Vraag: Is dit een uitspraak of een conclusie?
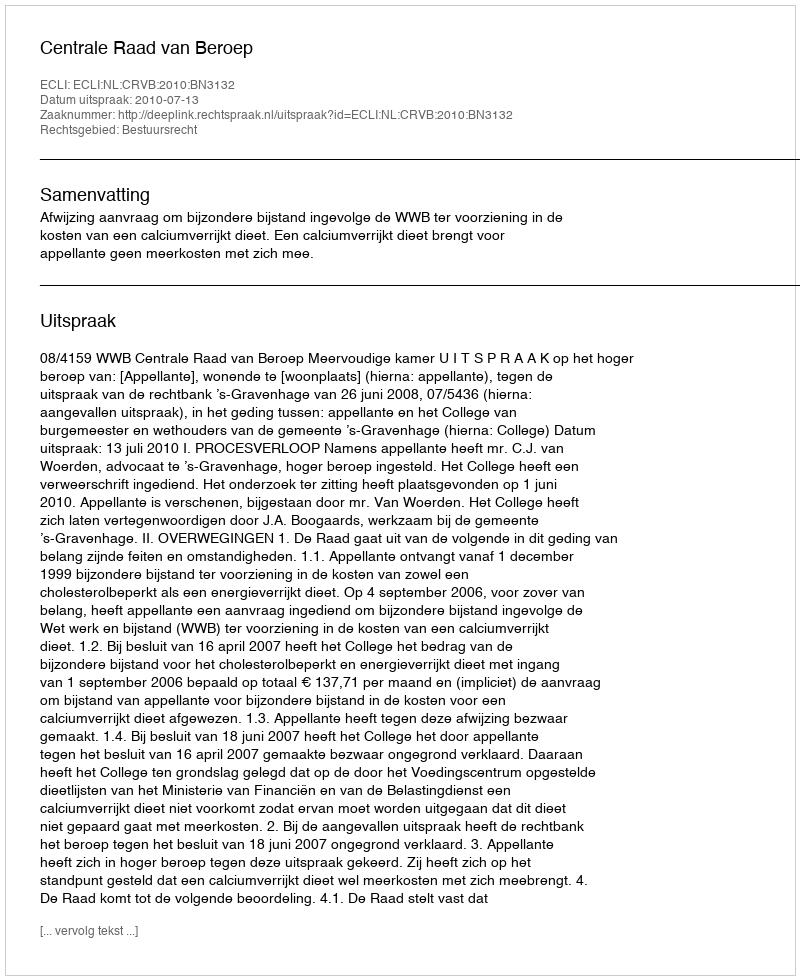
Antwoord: Uitspraak